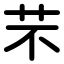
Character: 芣